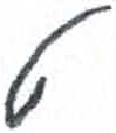
אות: ט